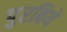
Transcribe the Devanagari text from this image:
पुरबिये